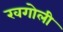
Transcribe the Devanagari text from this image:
खगोली